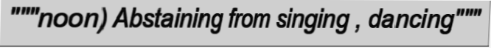
"""noon) Abstaining from singing , dancing"""